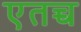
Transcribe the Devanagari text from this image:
एतच्च